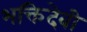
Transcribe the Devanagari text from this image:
भक्तिदेवी